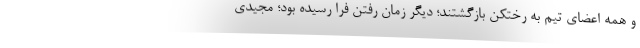
و همه اعضای تیم به رختکن بازگشتند؛ دیگر زمان رفتن فرا رسیده بود؛ مجیدی